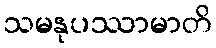
သမနုပဿာမာတိ